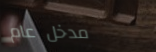
مدخل عام